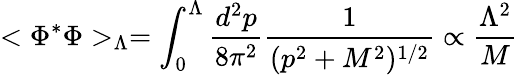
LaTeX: <\Phi^{*}\Phi>_{\Lambda}=\int_{0}^{\Lambda}{\frac{d^{2}p}{8\pi^{2}}}{\frac{1}{(p^{2}+M^{2})^{1/2}}}\propto{\frac{\Lambda^{2}}{M}}